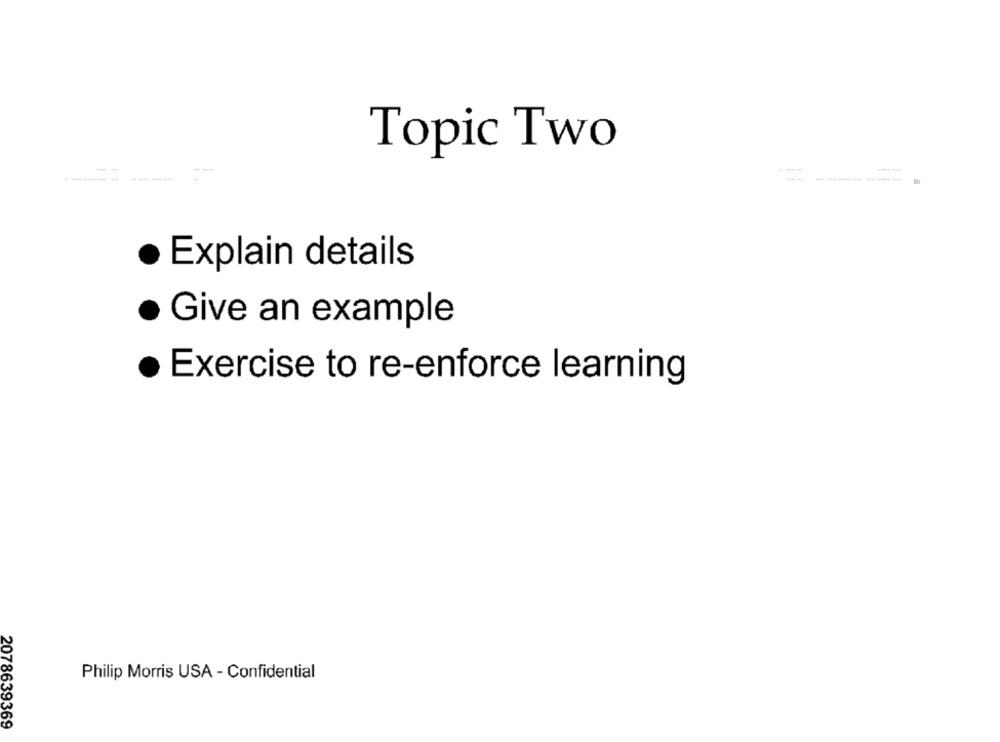
Topic Two
· Explain details
Give an example
· Exercise to re-enforce learning
Philip Morris USA - Confidential
2078639369